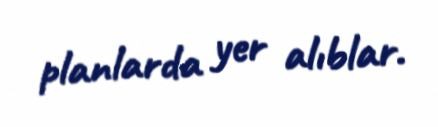
planlarda yer alıblar.